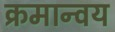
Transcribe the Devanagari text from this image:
क्रमान्वय